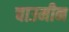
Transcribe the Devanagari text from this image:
चाउमीन